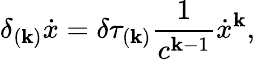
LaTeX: \delta_{(\mathbf{k})}\dot{{x}}=\delta\tau_{(\mathbf{k})}\frac{{1}}{{c^{\mathbf{k}-1}}}\dot{{x}}^{\mathbf{k}},